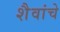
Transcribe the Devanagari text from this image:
शैवांचे